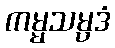
ကမ္မသမ္ပဒံ